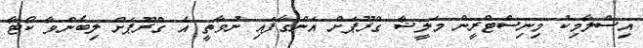
އިސްލާމިކު މިނިސްޓްރީން މަލީޝާ ގްރޫޕަށް އަންގާފައި ނުވާތީ އެ ގްރޫޕަށް ލިބެންވާ ކޯޓާ